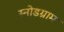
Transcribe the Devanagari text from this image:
स्नोडग्राम